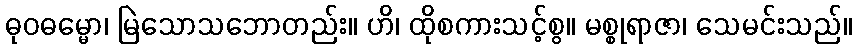
ဓုဝဓမ္မော၊ မြဲသောသဘောတည်း။ ဟိ၊ ထိုစကားသင့်စွ။ မစ္စုရာဇာ၊ သေမင်းသည်။